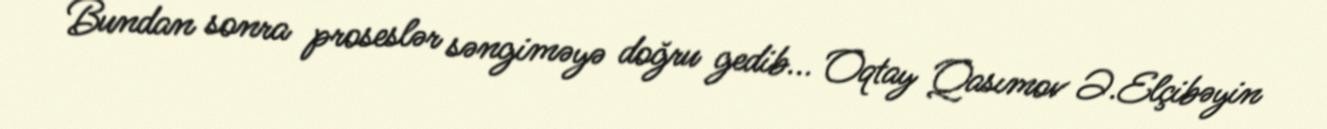
Bundan sonra proseslər səngiməyə doğru gedib... Oqtay Qasımov Ə.Elçibəyin